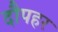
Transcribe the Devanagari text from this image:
दौपहर